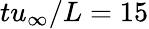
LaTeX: tu_{\infty}/L=15